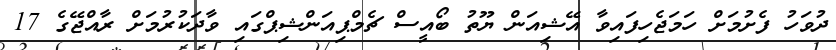
ދުވަހު ފެށުމަށް ހަމަޖެހިފައިވާ އޭޝިއަން ޔޫތު ބޯއީސް ޗެމްޕިއަންޝިޕްގައި ވާދަކުރުމަށް ރާއްޖޭގެ 17